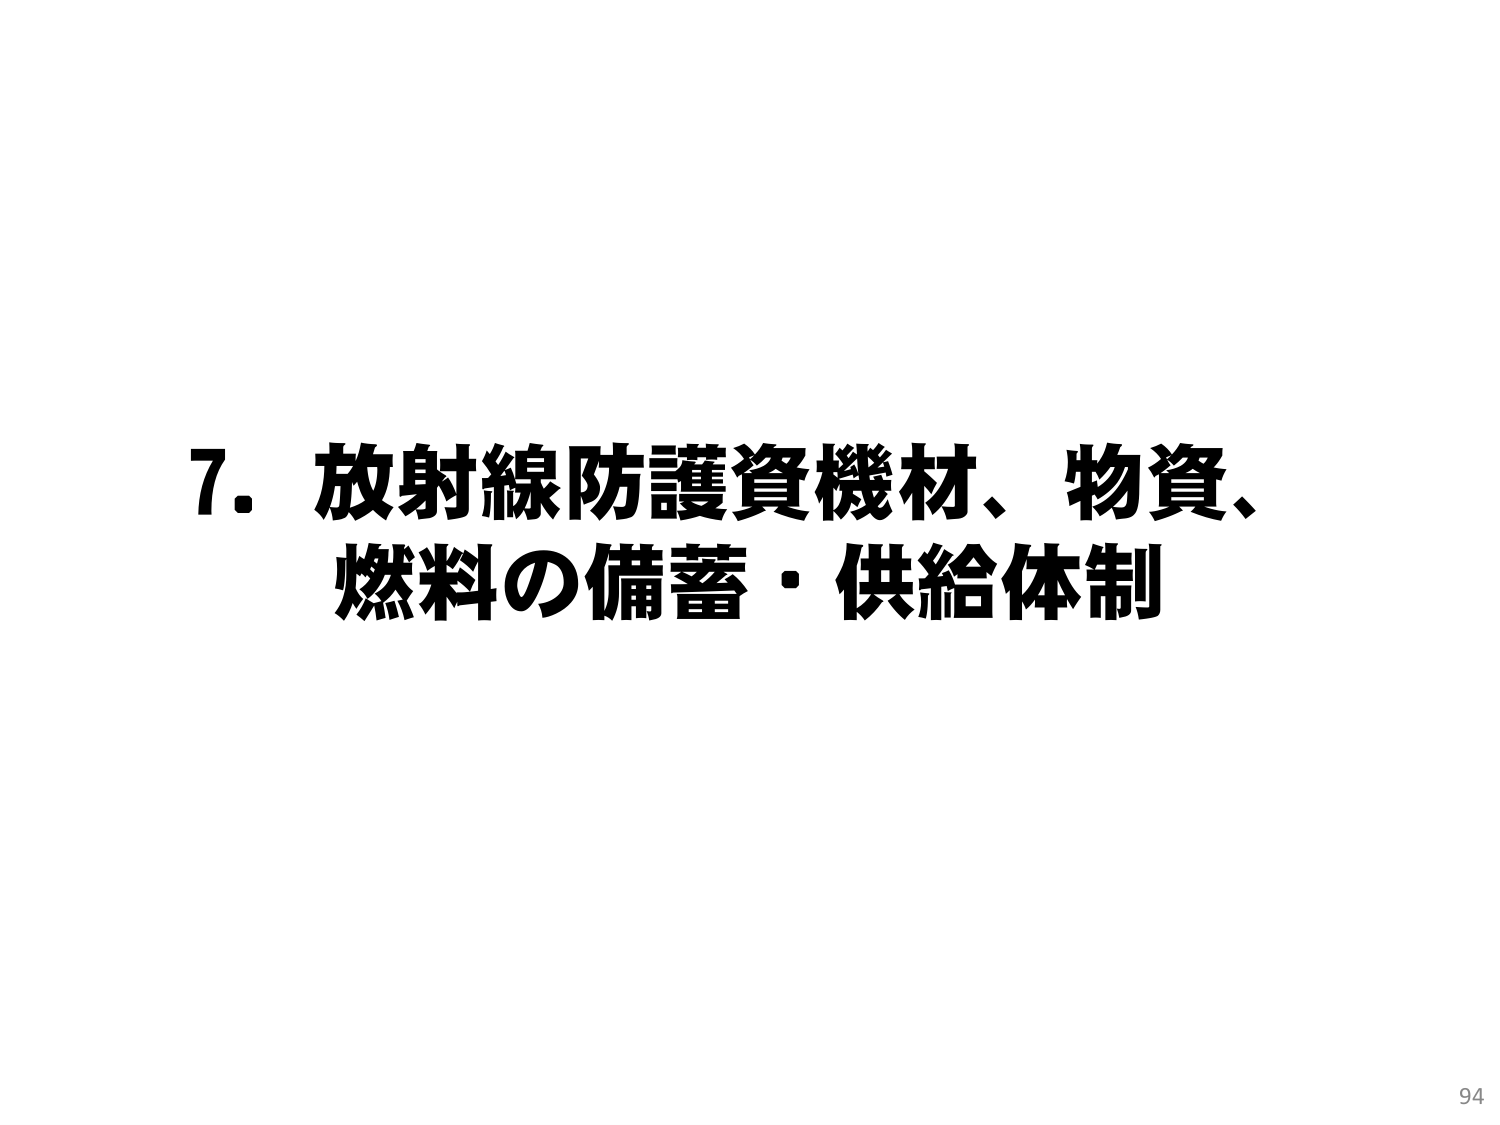
7. 放射線防護資機材、物資、
燃料の備蓄・供給体制
94